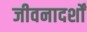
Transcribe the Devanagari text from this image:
जीवनादर्शों